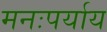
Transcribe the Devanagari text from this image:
मनःपर्याय